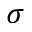
\sigma